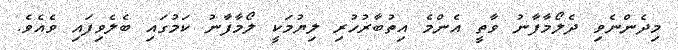
މިދެންނެވި ދެލޯމާފާނު ވާތީ އެންމެ އިތުބާރުހުރި ލިޔުމަކީ ލޯމާފާނު ކަމުގައި ބެލެވިފައި ވެއެވެ.